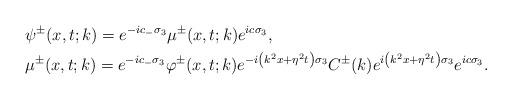
LaTeX: \begin{align*}&\psi^\pm(x,t;k)=e^{-ic_- \sigma_{3}} \mu^\pm(x,t;k) e^{ic\sigma_3},\\&\mu^\pm(x,t;k)=e^{-ic_- \sigma_{3}} \varphi^\pm(x,t;k) e^{-i\left(k^2x+\eta^2 t\right) \sigma_3} C^\pm(k) e^{i\left(k^2 x+\eta^2t\right) \sigma_3} e^{ic\sigma_3}.\end{align*}